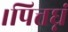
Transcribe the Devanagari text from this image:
।पित्तघ्नं